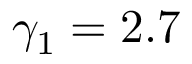
\gamma _ { 1 } = 2 . 7